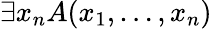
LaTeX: \exists x_{n}A(x_{1},\ldots,x_{n})